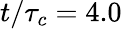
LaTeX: t/\tau_{c}=4.0